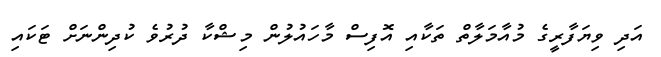
އަދި ވިޔަފާރީގެ މުއާމަލާތް ތަކާއި އޮފިސް މާހައުލުން މިޝްކާ ދުރުވެ ކުދިންނަށް ޓަކައި